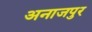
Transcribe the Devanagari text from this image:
अनाजपुर